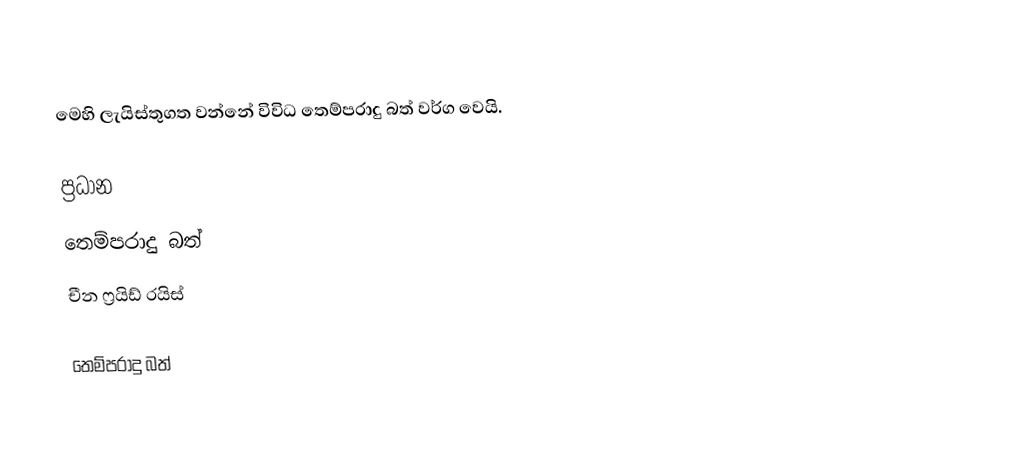
මෙහි ලැයිස්තුගත වන්නේ විවිධ තෙම්පරාදු බත් වර්ග වෙයි.

ප්‍රධාන
 තෙම්පරාදු බත්
 චීන ෆ්‍රයිඩ් රයිස්

තෙම්පරාදු බත්